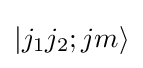
|j_{1}j_{2};jm\rangle